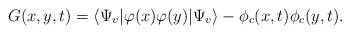
LaTeX: \begin{align*}G(x,y,t) = \langle \Psi_{v}|\varphi(x)\varphi(y)| \Psi_{v} \rangle - \phi_c(x,t) \phi_c(y,t) .\end{align*}